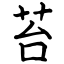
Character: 苔